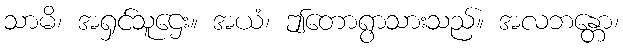
သာမိ၊ အရှင်သူဌေး။ အယံ၊ ဤတောရွာသားသည်။ အလဘန္တော၊